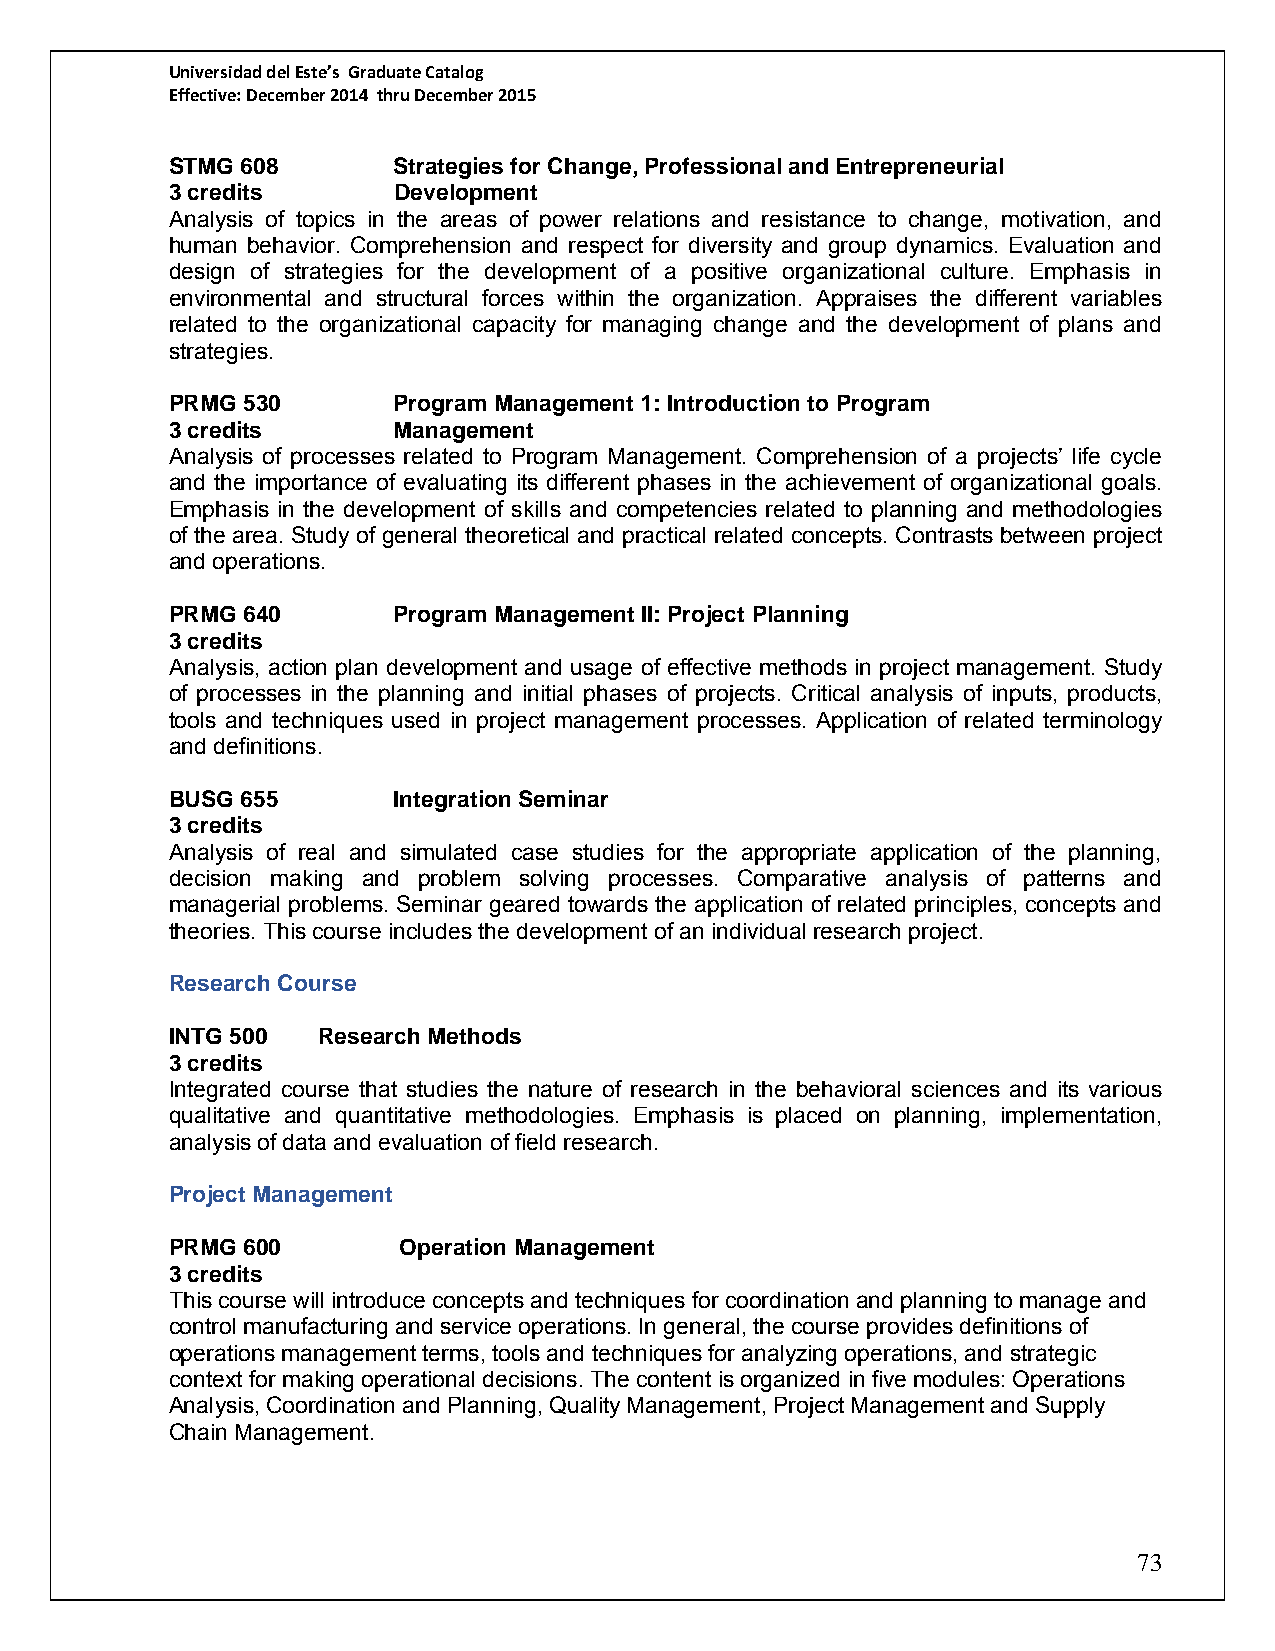
Universidad del Este’s Graduate Catalog
 Effective: December 2014 thru December 2015
 STMG 608       Strategies for Change, Professional and Entrepreneurial
 3 credits      Development
 Analysis of topics in the areas of power relations and resistance to change, motivation, and
 human behavior. Comprehension and respect for diversity and group dynamics. Evaluation and
 design of strategies for the development of a positive organizational culture. Emphasis in
 environmental and structural forces within the organization. Appraises the different variables
 related to the organizational capacity for managing change and the development of plans and
 strategies.
 PRMG 530       Program Management 1: Introduction to Program
 3 credits      Management
 Analysis of processes related to Program Management. Comprehension of a projects’ life cycle
 and the importance of evaluating its different phases in the achievement of organizational goals.
 Emphasis in the development of skills and competencies related to planning and methodologies
 of the area. Study of general theoretical and practical related concepts. Contrasts between project
 and operations.
 PRMG 640       Program Management II: Project Planning
 3 credits
 Analysis, action plan development and usage of effective methods in project management. Study
 of processes in the planning and initial phases of projects. Critical analysis of inputs, products,
 tools and techniques used in project management processes. Application of related terminology
 and definitions.
 BUSG 655       Integration Seminar
 3 credits
 Analysis of real and simulated case studies for the appropriate application of the planning,
 decision making and problem solving processes. Comparative analysis of patterns and
 managerial problems. Seminar geared towards the application of related principles, concepts and
 theories. This course includes the development of an individual research project.
 Research Course
 INTG 500  Research Methods
 3 credits
 Integrated course that studies the nature of research in the behavioral sciences and its various
 qualitative and quantitative methodologies. Emphasis is placed on planning, implementation,
 analysis of data and evaluation of field research.
 Project Management
 PRMG 600       Operation Management
 3 credits
 This course will introduce concepts and techniques for coordination and planning to manage and
 control manufacturing and service operations. In general, the course provides definitions of
 operations management terms, tools and techniques for analyzing operations, and strategic
 context for making operational decisions. The content is organized in five modules: Operations
 Analysis, Coordination and Planning, Quality Management, Project Management and Supply
 Chain Management.
 73